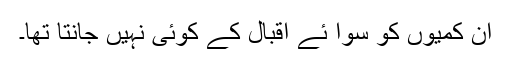
ان کمیوں کو سوا ئے اقبال کے کوئی نہیں جانتا تھا۔